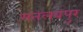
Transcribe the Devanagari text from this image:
मतलबपुर